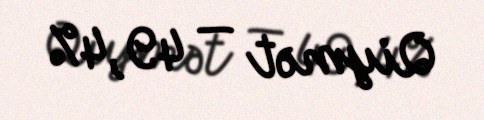
Qiymət — 49,4%